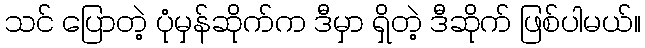
သင် ပြောတဲ့ ပုံမှန်ဆိုက်က ဒီမှာ ရှိတဲ့ ဒီဆိုက် ဖြစ်ပါမယ်။